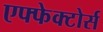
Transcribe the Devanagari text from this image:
एफ्फेक्टोर्स